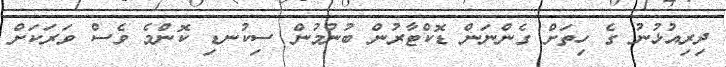
ދިރިއުޅުނު ގެ ހިތަށް ގެންނަން ޑޮކްޓާރުން ބުނުމުން ސިކުނޑި ކޮންމެ ވެސް ވަރަކަށް